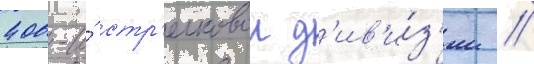
400-и́ стр'елковои д'ив'и́з'ии //